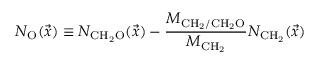
N _ { \mathrm { O } } ( \vec { x } ) \equiv N _ { \mathrm { C H _ { 2 } O } } ( \vec { x } ) - \frac { M _ { \mathrm { C H _ { 2 } / C H _ { 2 } O } } } { M _ { \mathrm { C H _ { 2 } } } } N _ { \mathrm { C H _ { 2 } } } ( \vec { x } )